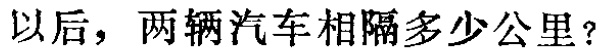
以后，两辆汽车相隔多少公里？